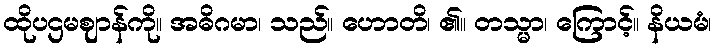
ထိုပဌမဈာန်ကို။ အဓိဂမာ၊ သည်။ ဟောတိ၊ ၏။ တသ္မာ၊ ကြောင့်။ နိယမံ၊